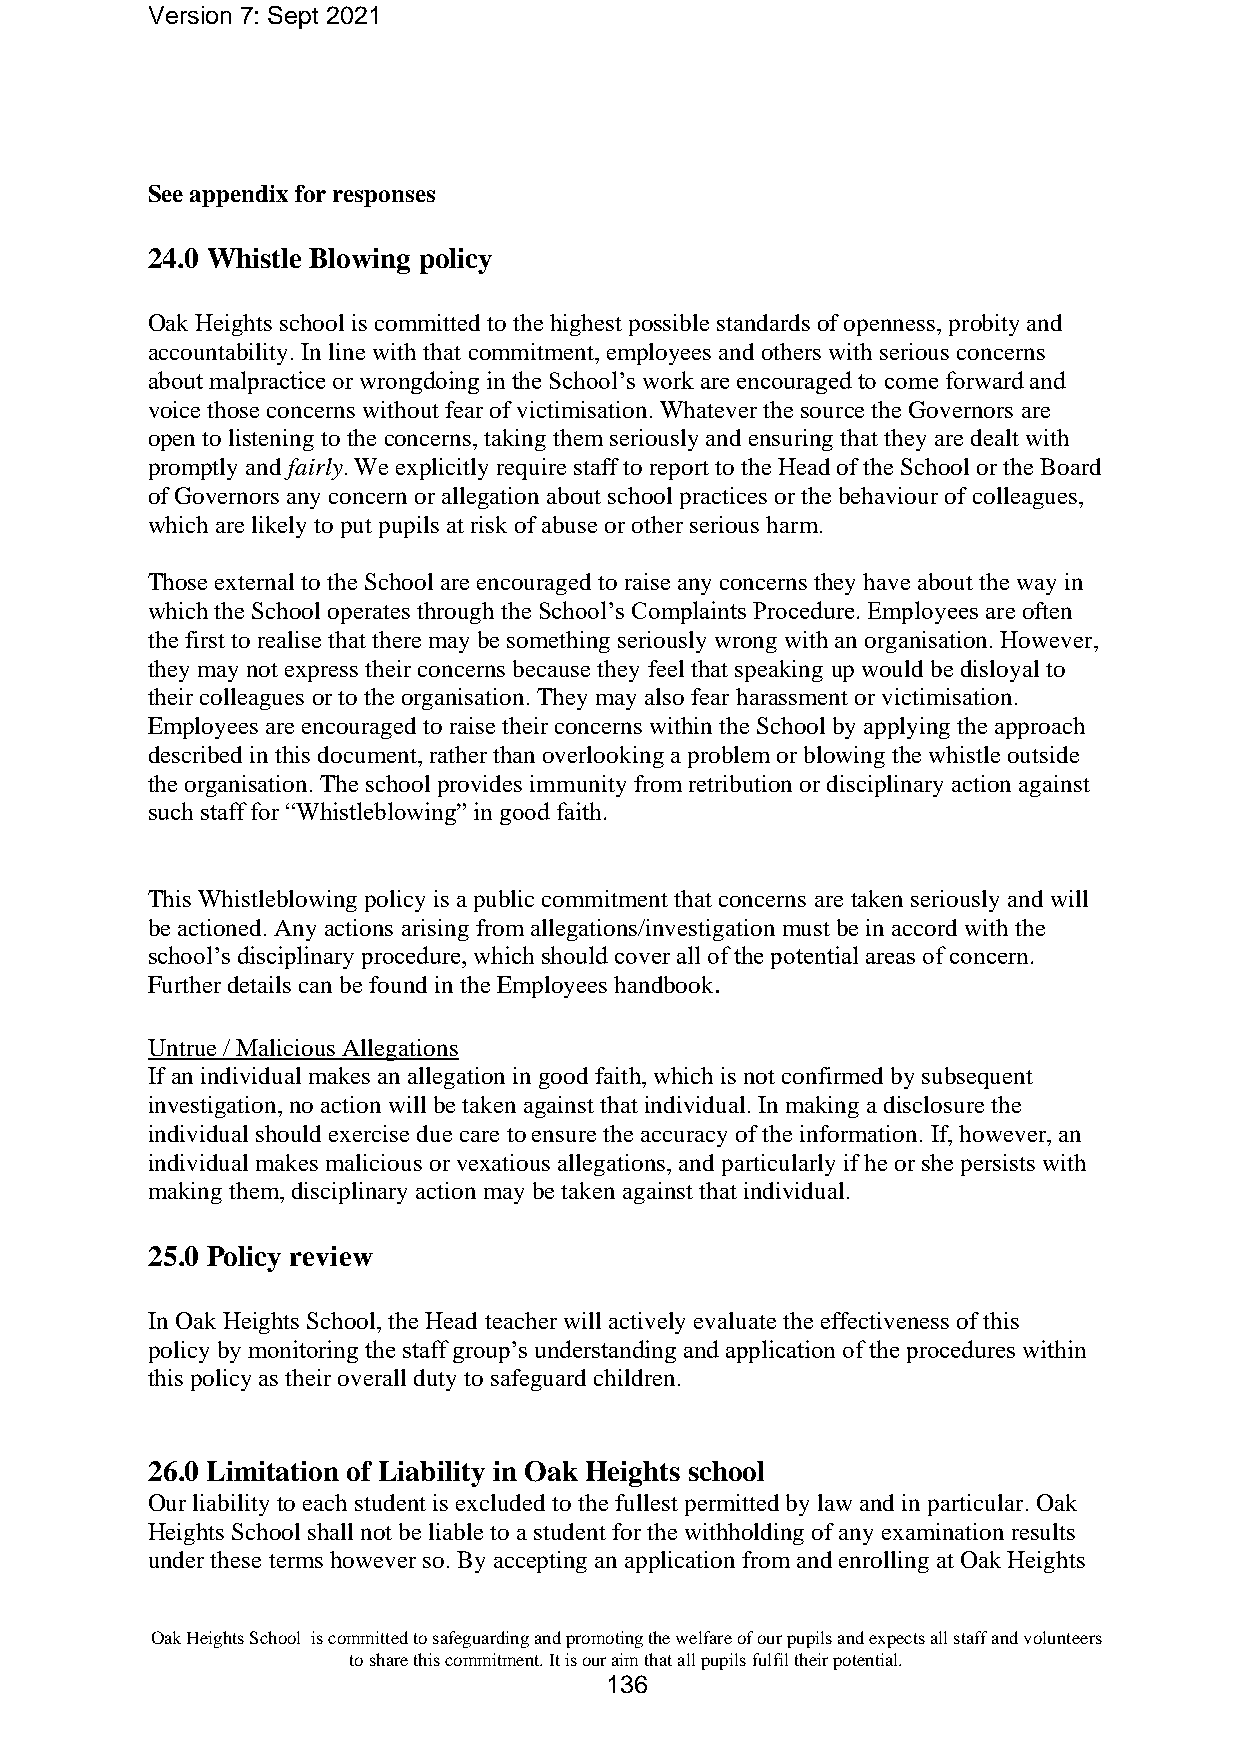
Version 7: Sept 2021
 See appendix for responses
 24.0 Whistle Blowing policy
 Oak Heights school is committed to the highest possible standards of openness, probity and
 accountability. In line with that commitment, employees and others with serious concerns
 about malpractice or wrongdoing in the School’s work are encouraged to come forward and
 voice those concerns without fear of victimisation. Whatever the source the Governors are
 open to listening to the concerns, taking them seriously and ensuring that they are dealt with
 promptly and fairly. We explicitly require staff to report to the Head of the School or the Board
 of Governors any concern or allegation about school practices or the behaviour of colleagues,
 which are likely to put pupils at risk of abuse or other serious harm.
 Those external to the School are encouraged to raise any concerns they have about the way in
 which the School operates through the School’s Complaints Procedure. Employees are often
 the first to realise that there may be something seriously wrong with an organisation. However,
 they may not express their concerns because they feel that speaking up would be disloyal to
 their colleagues or to the organisation. They may also fear harassment or victimisation.
 Employees are encouraged to raise their concerns within the School by applying the approach
 described in this document, rather than overlooking a problem or blowing the whistle outside
 the organisation. The school provides immunity from retribution or disciplinary action against
 such staff for “Whistleblowing” in good faith.
 This Whistleblowing policy is a public commitment that concerns are taken seriously and will
 be actioned. Any actions arising from allegations/investigation must be in accord with the
 school’s disciplinary procedure, which should cover all of the potential areas of concern.
 Further details can be found in the Employees handbook.
 Untrue / Malicious Allegations
 If an individual makes an allegation in good faith, which is not confirmed by subsequent
 investigation, no action will be taken against that individual. In making a disclosure the
 individual should exercise due care to ensure the accuracy of the information. If, however, an
 individual makes malicious or vexatious allegations, and particularly if he or she persists with
 making them, disciplinary action may be taken against that individual.
 25.0 Policy review
 In Oak Heights School, the Head teacher will actively evaluate the effectiveness of this
 policy by monitoring the staff group’s understanding and application of the procedures within
 this policy as their overall duty to safeguard children.
 26.0 Limitation of Liability in Oak Heights school
 Our liability to each student is excluded to the fullest permitted by law and in particular. Oak
 Heights School shall not be liable to a student for the withholding of any examination results
 under these terms however so. By accepting an application from and enrolling at Oak Heights
 Oak Heights School is committed to safeguarding and promoting the welfare of our pupils and expects all staff and volunteers
 to share this commitment. It is our aim that all pupils fulfil their potential.
 136